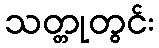
သတ္တုတွင်း